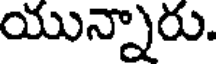
యున్నారు.